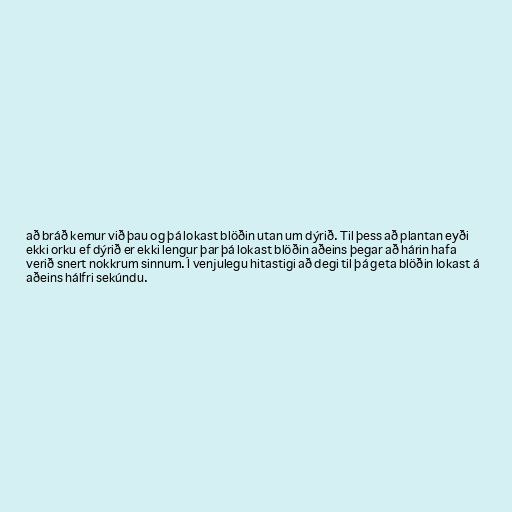
að bráð kemur við þau og þá lokast blöðin utan um dýrið. Til þess að plantan eyði
ekki orku ef dýrið er ekki lengur þar þá lokast blöðin aðeins þegar að hárin hafa
verið snert nokkrum sinnum. Í venjulegu hitastigi að degi til þá geta blöðin lokast á
aðeins hálfri sekúndu.